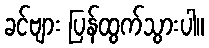
ခင်ဗျား ပြန်ထွက်သွားပါ။